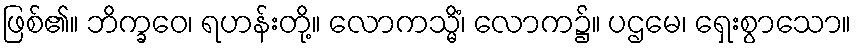
ဖြစ်၏။ ဘိက္ခဝေ၊ ရဟန်းတို့။ လောကသ္မိံ၊ လောက၌။ ပဌမေ၊ ရှေးစွာသော။